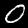
Digit: 0